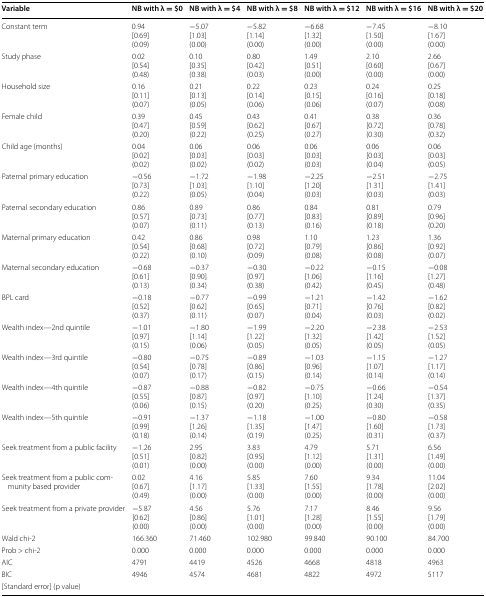
<table><thead><tr><td><b>Variable</b></td><td><b>NB with λ = $0</b></td><td><b>NB with λ = $4</b></td><td><b>NB with λ = $8</b></td><td><b>NB with λ = $12</b></td><td><b>NB with λ = $16</b></td><td><b>NB with λ = $20</b></td></tr></thead><tbody><tr><td>Constant term</td><td>0.94[0.69](0.09)</td><td>−5.07[1.03](0.00)</td><td>−5.82[1.14](0.00)</td><td>−6.68[1.32](0.00)</td><td>−7.45[1.50](0.00)</td><td>−8.10[1.67](0.00)</td></tr><tr><td>Study phase</td><td>0.02[0.54](0.48)</td><td>0.10[0.35](0.38)</td><td>0.80[0.42](0.03)</td><td>1.49[0.51](0.00)</td><td>2.10[0.60](0.00)</td><td>2.66[0.67](0.00)</td></tr><tr><td>Household size</td><td>0.16[0.11](0.07)</td><td>0.21[0.13](0.05)</td><td>0.22[0.14](0.06)</td><td>0.23[0.15](0.06)</td><td>0.24[0.16](0.07)</td><td>0.25[0.18](0.08)</td></tr><tr><td>Female child</td><td>0.39[0.47](0.20)</td><td>0.45[0.59](0.22)</td><td>0.43[0.62](0.25)</td><td>0.41[0.67](0.27)</td><td>0.38[0.72](0.30)</td><td>0.36[0.78](0.32)</td></tr><tr><td>Child age (months)</td><td>0.04[0.02](0.02)</td><td>0.06[0.03](0.02)</td><td>0.06[0.03](0.02)</td><td>0.06[0.03](0.03)</td><td>0.06[0.03](0.04)</td><td>0.06[0.03](0.05)</td></tr><tr><td>Paternal primary education</td><td>−0.56[0.73](0.22)</td><td>−1.72[1.03](0.05)</td><td>−1.98[1.10](0.04)</td><td>−2.25[1.20](0.03)</td><td>−2.51[1.31](0.03)</td><td>−2.75[1.41](0.03)</td></tr><tr><td>Paternal secondary education</td><td>0.86[0.57](0.07)</td><td>0.89[0.73](0.11)</td><td>0.86[0.77](0.13)</td><td>0.84[0.83](0.16)</td><td>0.81[0.89](0.18)</td><td>0.79[0.96](0.20)</td></tr><tr><td>Maternal primary education</td><td>0.42[0.54](0.22)</td><td>0.86[0.68](0.10)</td><td>0.98[0.72](0.09)</td><td>1.10[0.79](0.08)</td><td>1.23[0.86](0.08)</td><td>1.36[0.92](0.07)</td></tr><tr><td>Maternal secondary education</td><td>−0.68[0.61](0.13)</td><td>−0.37[0.90](0.34)</td><td>−0.30[0.97](0.38)</td><td>−0.22[1.06](0.42)</td><td>−0.15[1.16](0.45)</td><td>−0.08[1.27](0.48)</td></tr><tr><td>BPL card</td><td>−0.18[0.52](0.37)</td><td>−0.77[0.62](0.11)</td><td>−0.99[0.65](0.07)</td><td>−1.21[0.71](0.04)</td><td>−1.42[0.76](0.03)</td><td>−1.62[0.82](0.02)</td></tr><tr><td>Wealth index—2nd quintile</td><td>−1.01[0.97](0.15)</td><td>−1.80[1.14](0.06)</td><td>−1.99[1.22](0.05)</td><td>−2.20[1.32](0.05)</td><td>−2.38[1.42](0.05)</td><td>−2.53[1.52](0.05)</td></tr><tr><td>Wealth index—3rd quintile</td><td>−0.80[0.54](0.07)</td><td>−0.75[0.78](0.17)</td><td>−0.89[0.86](0.15)</td><td>−1.03[0.96](0.14)</td><td>−1.15[1.07](0.14)</td><td>−1.27[1.17](0.14)</td></tr><tr><td>Wealth index—4th quintile</td><td>−0.87[0.55](0.06)</td><td>−0.88[0.87](0.15)</td><td>−0.82[0.97](0.20)</td><td>−0.75[1.10](0.25)</td><td>−0.66[1.24](0.30)</td><td>−0.54[1.37](0.35)</td></tr><tr><td>Wealth index—5th quintile</td><td>−0.91[0.99](0.18)</td><td>−1.37[1.26](0.14)</td><td>−1.18[1.35](0.19)</td><td>−1.00[1.47](0.25)</td><td>−0.80[1.60](0.31)</td><td>−0.58[1.73](0.37)</td></tr><tr><td>Seek treatment from a public facility</td><td>−1.26[0.51](0.01)</td><td>2.95[0.82](0.00)</td><td>3.83[0.95](0.00)</td><td>4.79[1.12](0.00)</td><td>5.71[1.31](0.00)</td><td>6.56[1.49](0.00)</td></tr><tr><td>Seek treatment from a public community based provider</td><td>0.02[0.67](0.49)</td><td>4.16[1.17](0.00)</td><td>5.85[1.33](0.00)</td><td>7.60[1.55](0.00)</td><td>9.34[1.78](0.00)</td><td>11.04[2.02](0.00)</td></tr><tr><td>Seek treatment from a private provider</td><td>−5.87[0.62](0.00)</td><td>4.56[0.86](0.00)</td><td>5.76[1.01](0.00)</td><td>7.17[1.28](0.00)</td><td>8.46[1.55](0.00)</td><td>9.56[1.79](0.00)</td></tr><tr><td>Wald chi-2</td><td>166.360</td><td>71.460</td><td>102.980</td><td>99.840</td><td>90.100</td><td>84.700</td></tr><tr><td>Prob &gt; chi-2</td><td>0.000</td><td>0.000</td><td>0.000</td><td>0.000</td><td>0.000</td><td>0.000</td></tr><tr><td>AIC</td><td>4791</td><td>4419</td><td>4526</td><td>4668</td><td>4818</td><td>4963</td></tr><tr><td>BIC</td><td>4946</td><td>4574</td><td>4681</td><td>4822</td><td>4972</td><td>5117</td></tr><tr><td colspan="7">[Standard error] (p value)</td></tr></tbody></table>